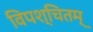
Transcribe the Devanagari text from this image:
विपश्चितम्